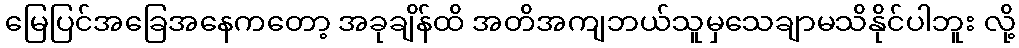
မြေပြင်အခြေအနေကတော့ အခုချိန်ထိ အတိအကျဘယ်သူမှသေချာမသိနိုင်ပါဘူး လို့